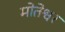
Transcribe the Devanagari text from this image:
मोतेश्वर